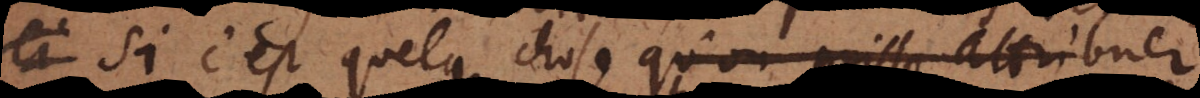
si c’est quelque chose qu’on puisse attribuer